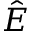
\hat { E }